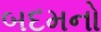
બદમનો